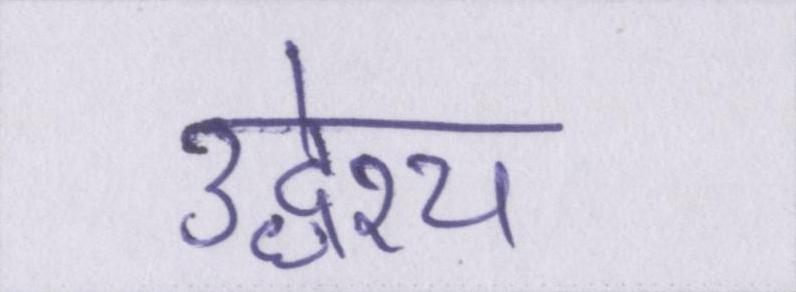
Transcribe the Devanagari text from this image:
उद्धेश्य